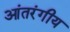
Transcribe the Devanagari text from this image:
आंतरंगीय